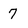
Character: 7